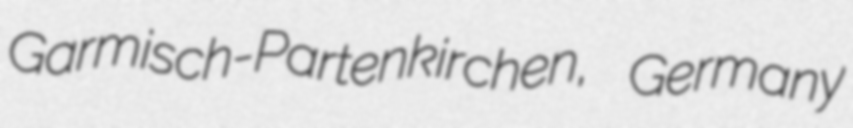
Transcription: Garmisch-Partenkirchen, Germany